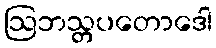
ဩဘသ္တပတောဒေါ